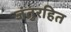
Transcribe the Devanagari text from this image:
जंतुरहित